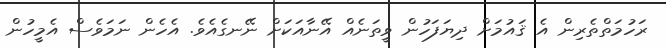
ރަހުމަތްތެރިން އެ ޤައުމަށް ދިޔަފަހުން ވީތަނެއް އޭނާއަކަށް ނޭނގެއެވެ. އެހެން ނަމަވެސް އެމީހުން